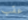
عقب